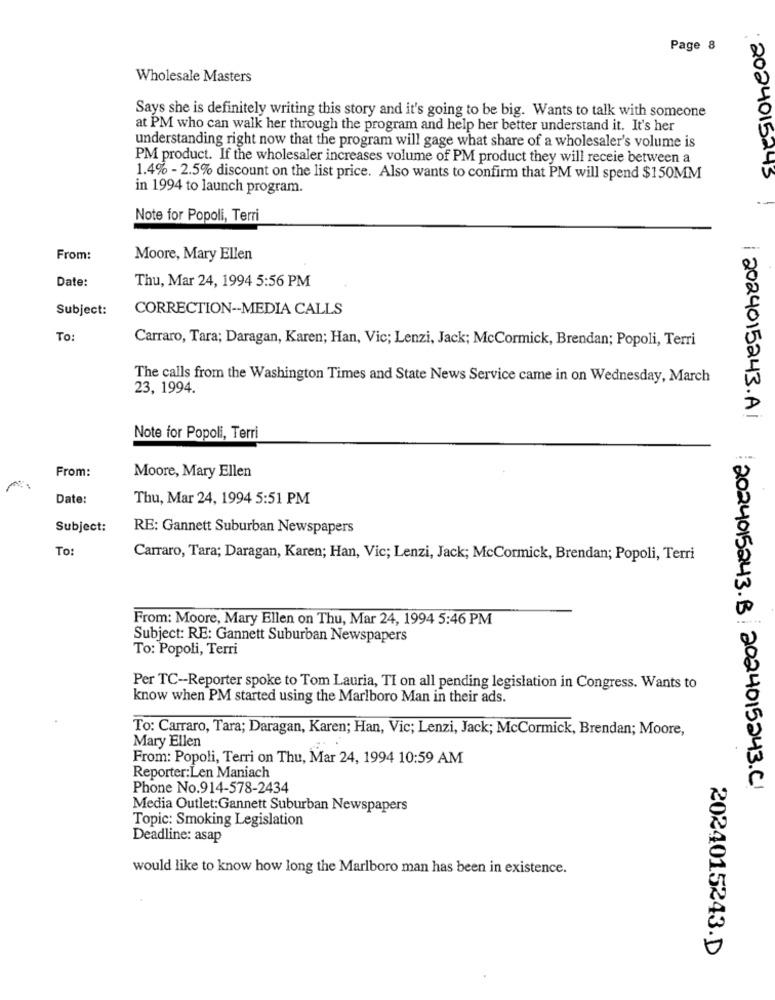
Page 8
Wholesale Masters
Says she is definitely writing this story and it's going to be big. Wants to talk with someone
at PM who can walk her through the program and help her better understand it. It's her
understanding right now that the program will gage what share of a wholesaler's volume is
PM product. If the wholesaler increases volume of PM product they will receie between a
1.4% - 2.5% discount on the list price. Also wants to confirm that PM will spend $150MM
· 2024015245
in 1994 to launch program.
Note for Popoli, Terri
From:
Moore, Mary Ellen
Date:
Thu, Mar 24, 1994 5:56 PM
Subject:
CORRECTION -- MEDIA CALLS
To:
Carraro, Tara; Daragan, Karen; Han, Vic; Lenzi, Jack; McCormick, Brendan; Popoli, Terri
The calls from the Washington Times and State News Service came in on Wednesday, March
23, 1994.
2024015243.Ai
Note for Popoli, Terri
From:
Moore, Mary Ellen
Date:
Thu, Mar 24, 1994 5:51 PM
Subject:
RE: Gannett Suburban Newspapers
To:
Carraro, Tara; Daragan, Karen; Han, Vic; Lenzi, Jack; McCormick, Brendan; Popoli, Terri
From: Moore, Mary Ellen on Thu, Mar 24, 1994 5:46 PM
Subject: RE: Gannett Suburban Newspapers
To: Popoli, Terri
Per TC -- Reporter spoke to Tom Lauria, TI on all pending legislation in Congress. Wants to
know when PM started using the Marlboro Man in their ads.
To: Carraro, Tara; Daragan, Karen; Han, Vic; Lenzi, Jack; McCormick, Brendan; Moore,
Mary Ellen
From: Popoli, Terri on Thu, Mar 24, 1994 10:59 AM
Reporter:Len Maniach
Phone No.914-578-2434
2024015243.B 2024015243.C
Media Outlet:Gannett Suburban Newspapers
Topic: Smoking Legislation
Deadline: asap
would like to know how long the Marlboro man has been in existence.
2024015243.D